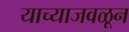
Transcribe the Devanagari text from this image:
याच्याजवळून